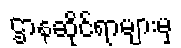
ဌာနဆိုင်ရာများမှ